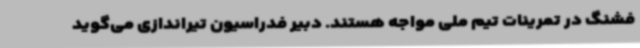
فشنگ در تمرینات تیم ملی مواجه هستند. دبیر فدراسیون تیراندازی می‌گوید